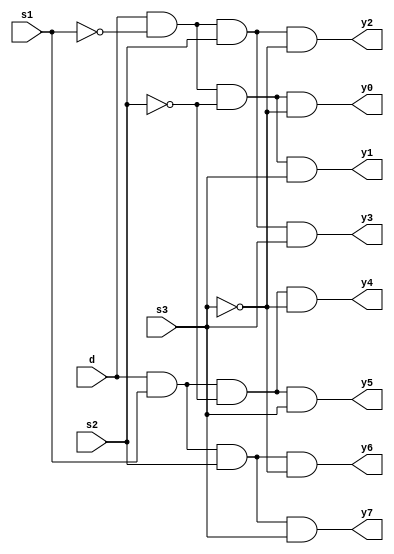
module one_8demux (d,s1,s2,s3,y0,y1,y2,y3,y4,y5,y6,y7);
input d,s1,s2,s3;
	output y0,y1,y2,y3,y4,y5,y6,y7;
	assign s1n=~s1;
	assign s2n=~s2;
	assign s3n=~s3;
	assign y0=d&s1n&s2n&s3n;
	assign y1=d&s1n&s2n&s3;	
	assign y2=d&s1n&s2&s3n;
	assign y3=d&s1n&s2&s3;	 
	assign y4=d&s1&s2n&s3n;
	assign y5=d&s1&s2n&s3;
	assign y6=d&s1&s2&s3n;
	assign y7=d&s1&s2&s3;
	
endmodule